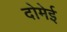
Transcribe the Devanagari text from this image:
दोमेई